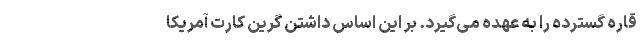
قاره گسترده را به عهده می‌گیرد. بر این ‌اساس داشتن گرین کارت آمریکا